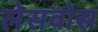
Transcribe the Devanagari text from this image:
लेसवोस